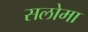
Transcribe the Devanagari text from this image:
सलोमा